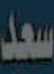
سعد